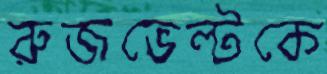
রুজভেল্টকে